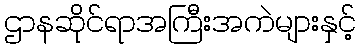
ဌာနဆိုင်ရာအကြီးအကဲများနှင့်